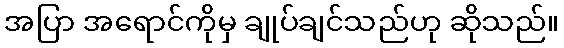
အပြာ အရောင်ကိုမှ ချုပ်ချင်သည်ဟု ဆိုသည်။